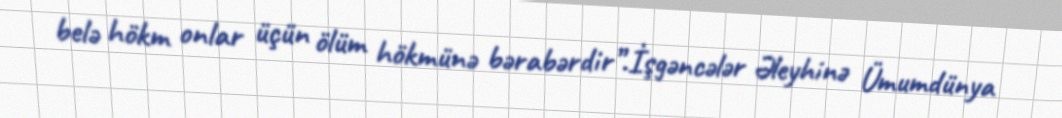
belə hökm onlar üçün ölüm hökmünə bərabərdir”.İşgəncələr Əleyhinə Ümumdünya